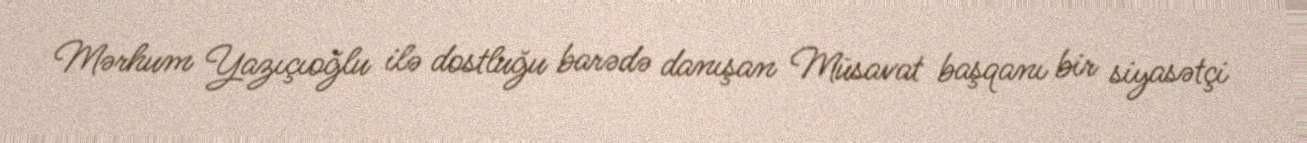
Mərhum Yazıçıoğlu ilə dostluğu barədə danışan Müsavat başqanı bir siyasətçi